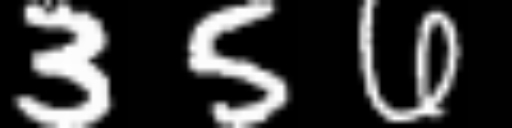
Text: 356